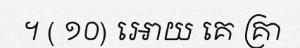
។ ( ១០) អោយ គេ គ្រា